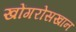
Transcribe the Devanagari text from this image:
खोंगरोसखान